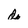
Character: d